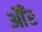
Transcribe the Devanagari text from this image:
औँर